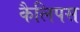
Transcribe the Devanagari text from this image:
कैलिपस